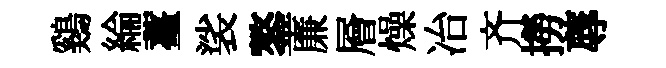
鷄綸薹裟鏊廉層燥冶齐撈蓐